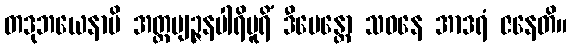
တဒုဘယေနာပိ အတ္ထဗျဉ္ဇနပါရိပူရိံ ဒီပေန္တော သဝနေ အာဒရံ ဇနေတိ။